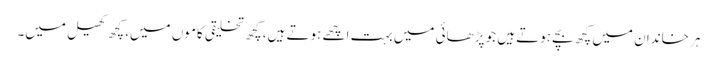
ہر خاندان میں کچھ بچے ہوتے ہیں جو پڑھائی میں بہت اچھے ہوتے ہیں، کچھ تخلیقی کاموں میں، کچھ کھیل میں۔